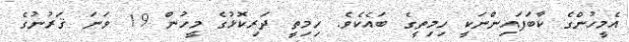
އެމީހުންގެ ކާބަފައިންނަކީ ހިމިތީގެ ބައެކެވެ. ހިމިތީ ދަރިކޮޅުގެ މީހުން 19 ވަނަ ޤަރުނުގެ